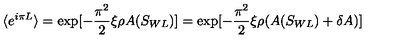
\langle e ^ { i \pi L } \rangle = \exp [ - \frac { \pi ^ { 2 } } { 2 } \xi \rho A ( S _ { W L } ) ] = \exp [ - \frac { \pi ^ { 2 } } { 2 } \xi \rho ( A ( S _ { W L } ) + \delta A ) ]